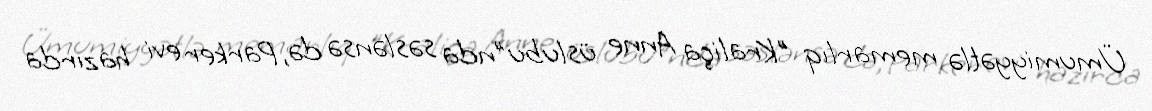
Ümumiyyətlə memarlıq "Kraliça Anne üslubu"nda səslənsə də, Parker evi hazırda